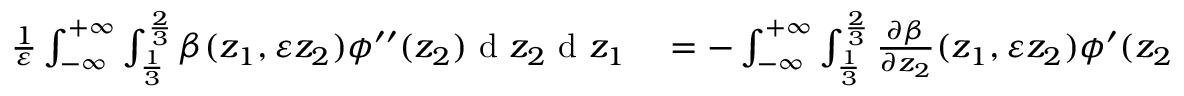
\begin{array} { r l } { \frac { 1 } { \varepsilon } \int _ { - \infty } ^ { + \infty } \int _ { \frac { 1 } { 3 } } ^ { \frac { 2 } { 3 } } \beta ( z _ { 1 } , \varepsilon z _ { 2 } ) \phi ^ { \prime \prime } ( z _ { 2 } ) \textrm { d } z _ { 2 } \textrm { d } z _ { 1 } } & { { } = - \int _ { - \infty } ^ { + \infty } \int _ { \frac { 1 } { 3 } } ^ { \frac { 2 } { 3 } } \frac { \partial \beta } { \partial z _ { 2 } } ( z _ { 1 } , \varepsilon z _ { 2 } ) \phi ^ { \prime } ( z _ { 2 } ) \textrm { d } z _ { 2 } \textrm { d } z _ { 1 } } \end{array}